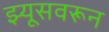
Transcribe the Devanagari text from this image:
झ्यूसवरून